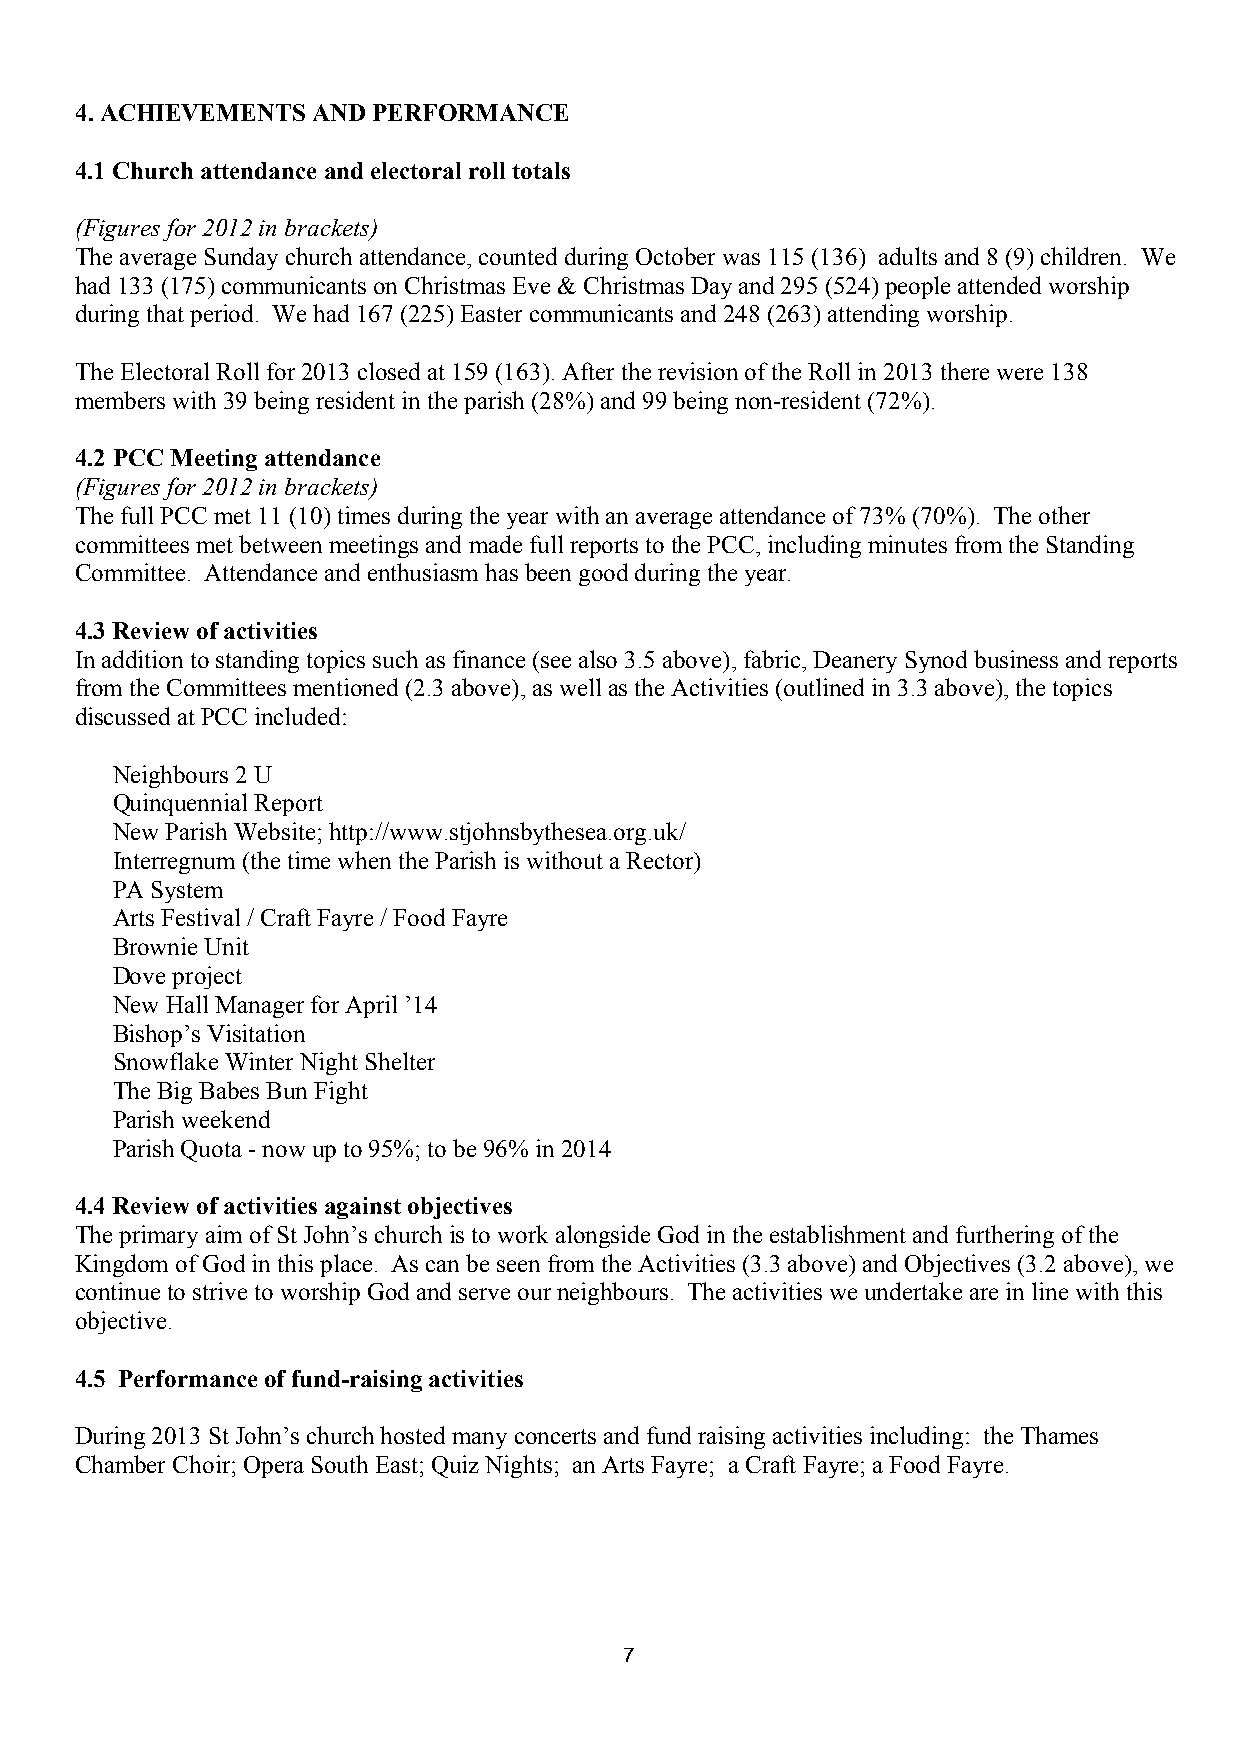
4. ACHIEVEMENTS AND PERFORMANCE
 4.1 Church attendance and electoral roll totals
 (Figures for 2012 in brackets)
 The average Sunday church attendance, counted during October was 115 (136) adults and 8 (9) children. We
 had 133 (175) communicants on Christmas Eve & Christmas Day and 295 (524) people attended worship
 during that period. We had 167 (225) Easter communicants and 248 (263) attending worship.
 The Electoral Roll for 2013 closed at 159 (163). After the revision of the Roll in 2013 there were 138
 members with 39 being resident in the parish (28%) and 99 being non-resident (72%).
 4.2 PCC Meeting attendance
 (Figures for 2012 in brackets)
 The full PCC met 11 (10) times during the year with an average attendance of 73% (70%). The other
 committees met between meetings and made full reports to the PCC, including minutes from the Standing
 Committee. Attendance and enthusiasm has been good during the year.
 4.3 Review of activities
 In addition to standing topics such as finance (see also 3.5 above), fabric, Deanery Synod business and reports
 from the Committees mentioned (2.3 above), as well as the Activities (outlined in 3.3 above), the topics
 discussed at PCC included:
 Neighbours 2 U
 Quinquennial Report
 New Parish Website; http://www.stjohnsbythesea.org.uk/
 Interregnum (the time when the Parish is without a Rector)
 PA System
 Arts Festival / Craft Fayre / Food Fayre
 Brownie Unit
 Dove project
 New Hall Manager for April ’14
 Bishop’s Visitation
 Snowflake Winter Night Shelter
 The Big Babes Bun Fight
 Parish weekend
 Parish Quota - now up to 95%; to be 96% in 2014
 4.4 Review of activities against objectives
 The primary aim of St John’s church is to work alongside God in the establishment and furthering of the
 Kingdom of God in this place. As can be seen from the Activities (3.3 above) and Objectives (3.2 above), we
 continue to strive to worship God and serve our neighbours. The activities we undertake are in line with this
 objective.
 4.5 Performance of fund-raising activities
 During 2013 St John’s church hosted many concerts and fund raising activities including: the Thames
 Chamber Choir; Opera South East; Quiz Nights; an Arts Fayre; a Craft Fayre; a Food Fayre.
 7